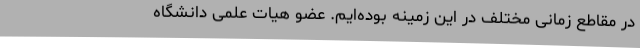
در مقاطع زمانی مختلف در این زمینه بوده‌ایم. عضو هیات علمی دانشگاه